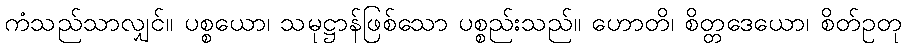
ကံသည်သာလျှင်။ ပစ္စယော၊ သမုဋ္ဌာန်ဖြစ်သော ပစ္စည်းသည်။ ဟောတိ၊ စိတ္တဒေယော၊ စိတ်ဥတု